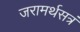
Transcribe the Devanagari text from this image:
जरामर्थसत्रं